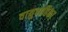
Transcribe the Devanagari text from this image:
वायुवाहिका